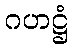
ဂဟဋ္ဌံ